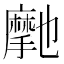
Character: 𭢽